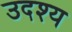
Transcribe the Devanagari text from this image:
उदश्य